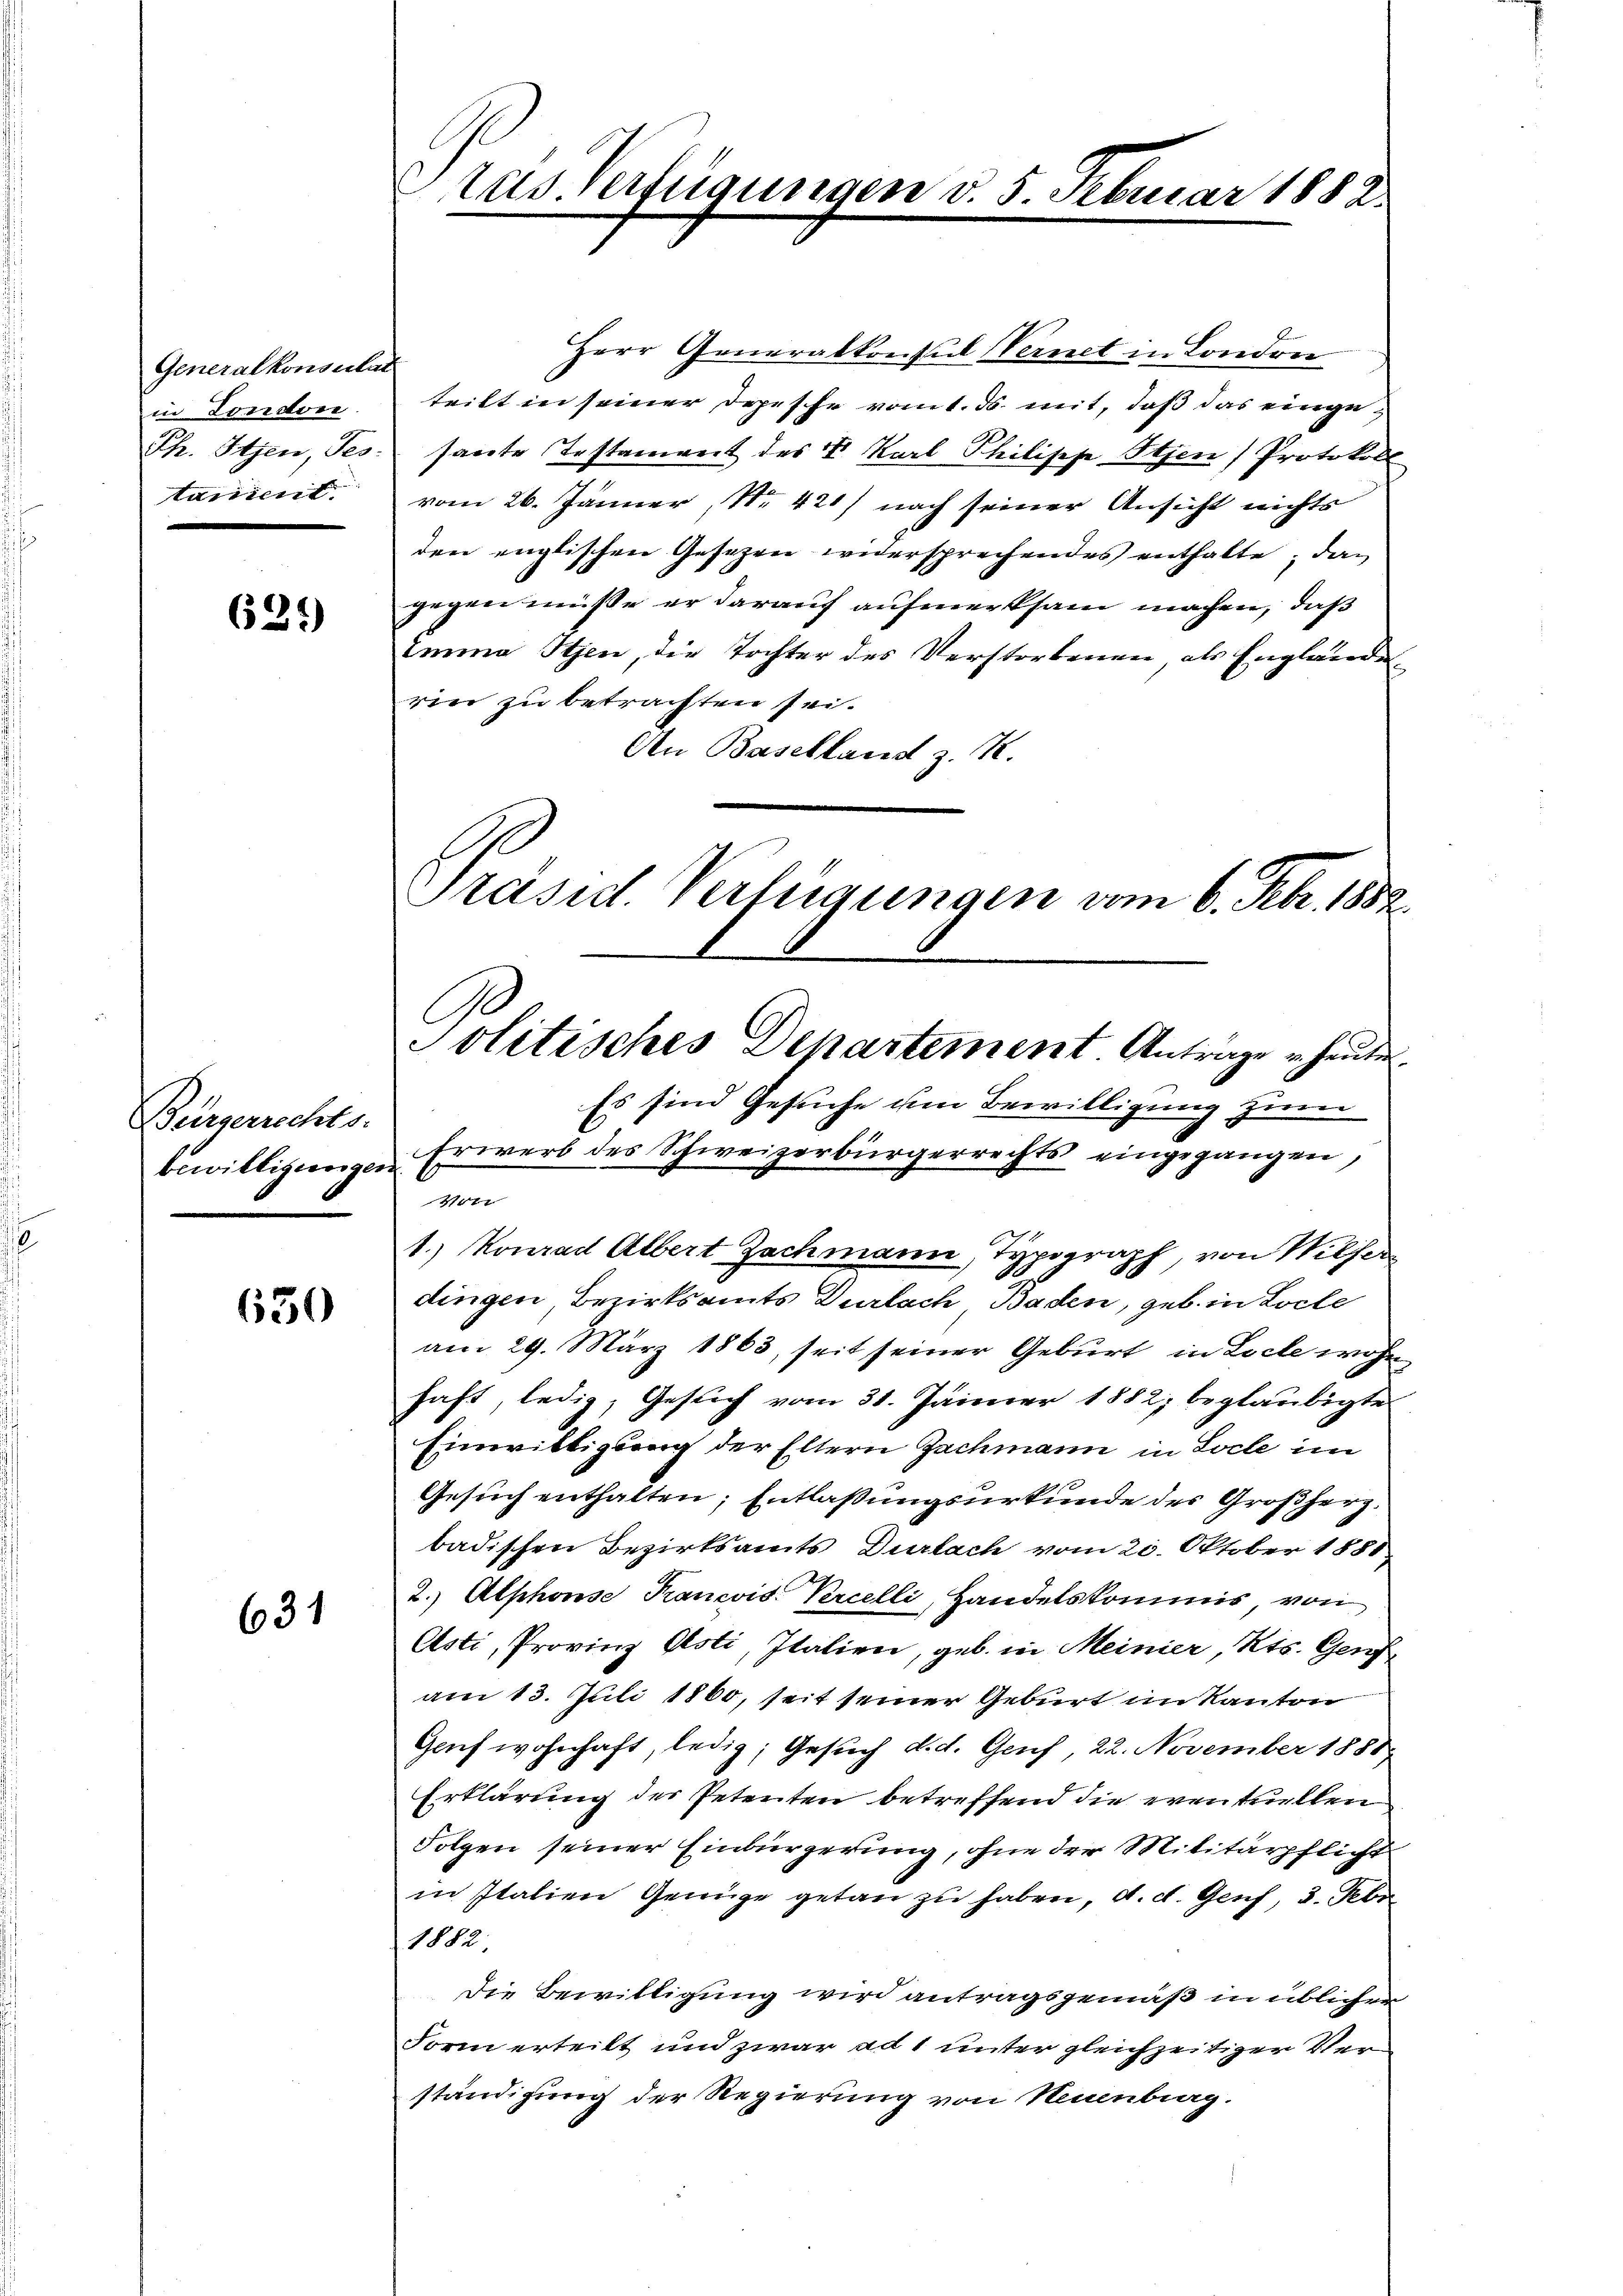
Generalkonsulat
in London.
tartient

625)

Bürgerrechts-

650

631

tus verfügungen d. 5. Februar 1882.

Herr Generalkonsul Vernet in Sondre
teilt in seiner Depesche vom 1. ds. mit, daß das einge¬
Ph. Iten, Jes. sante Testament des I. Karl Philische Sten) Protokoll
vom 26. Jänner, Nr. 421) nach seiner Ansicht nichts
den englischen Gesezen widersprechendes enthalte; das
gegen müsse er darauf aufmerksam machen, daß
Imma Sten, die Tochter des Verstorbenen als Engländerin zu betrachten sei.
An Baselland z. R.
Präsid. Verfügungen vom 6. Febr. 1882.

Politisches Departement Antrage u. heute.

Es sind Gesuche um Bewilligung zum
bewilligungen Erwerb des Schweizerbürgerrechts eingegangen,
44
1.) Konrad Albert Zachmann, Typograph, von Willer
dingen Bezirksamts Durlach, Baden, geb. in Loche
am 29. März 1863, seit seiner Geburt in Loche wohnhaft, ledig, Gesuch vom 31. Jänner 1882, beglaubigte
Einwilligung der Eltern Fachmann in Loche im
Gesuch enthalten; Entlaßungsurkunde des Großherz.
badischen Bezirksamts Durlach vom 20. Oktober 1888
2.) Alphonse Francois Percelli, Handelskommis, von
Asti, Provinz Asti, Italien, geb. in Meinier, Kts. Genf
am 13. Juli 1860, seit seiner Geburt im Kanton
Gauch wohnhaft, ledig; Gesuch d. d. Genf, 22. November 1888
Erklärung des Petenten betreffend die eventuellen
Folgen seiner Einbürgerung, ohne der Militärpflicht
in Italien Genüge getan zu haben, d. d. Genf 3. Febr
1882
Die Bewilligung wird antragsgemäß in üblicher
Form erteilt und zwar ad 1 unter gleichzeitiger Verständigung der Regierung von Neuenburg.